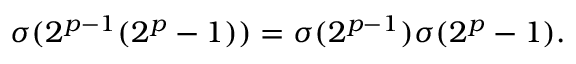
\sigma ( 2 ^ { p - 1 } ( 2 ^ { p } - 1 ) ) = \sigma ( 2 ^ { p - 1 } ) \sigma ( 2 ^ { p } - 1 ) .